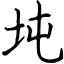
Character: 坉